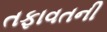
તફાવતની